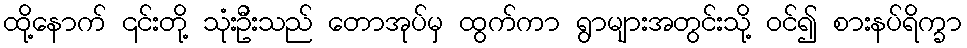
ထို့နောက် ၎င်းတို့ သုံးဦးသည် တောအုပ်မှ ထွက်ကာ ရွာများအတွင်းသို့ ဝင်၍ စားနပ်ရိက္ခာ